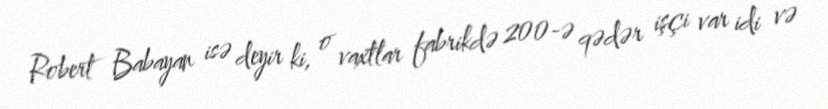
Robert Babayan isə deyir ki, o vaxtlar fabrikdə 200-ə qədər işçi var idi və